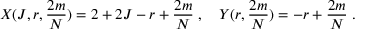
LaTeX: X ( J , r , { \frac { 2 m } { N } } ) = 2 + 2 J - r + { \frac { 2 m } { N } } \; , \quad Y ( r , { \frac { 2 m } { N } } ) = - r + { \frac { 2 m } { N } } \; .